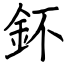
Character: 鈈